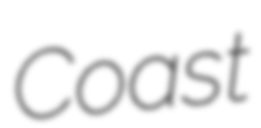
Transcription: Coast